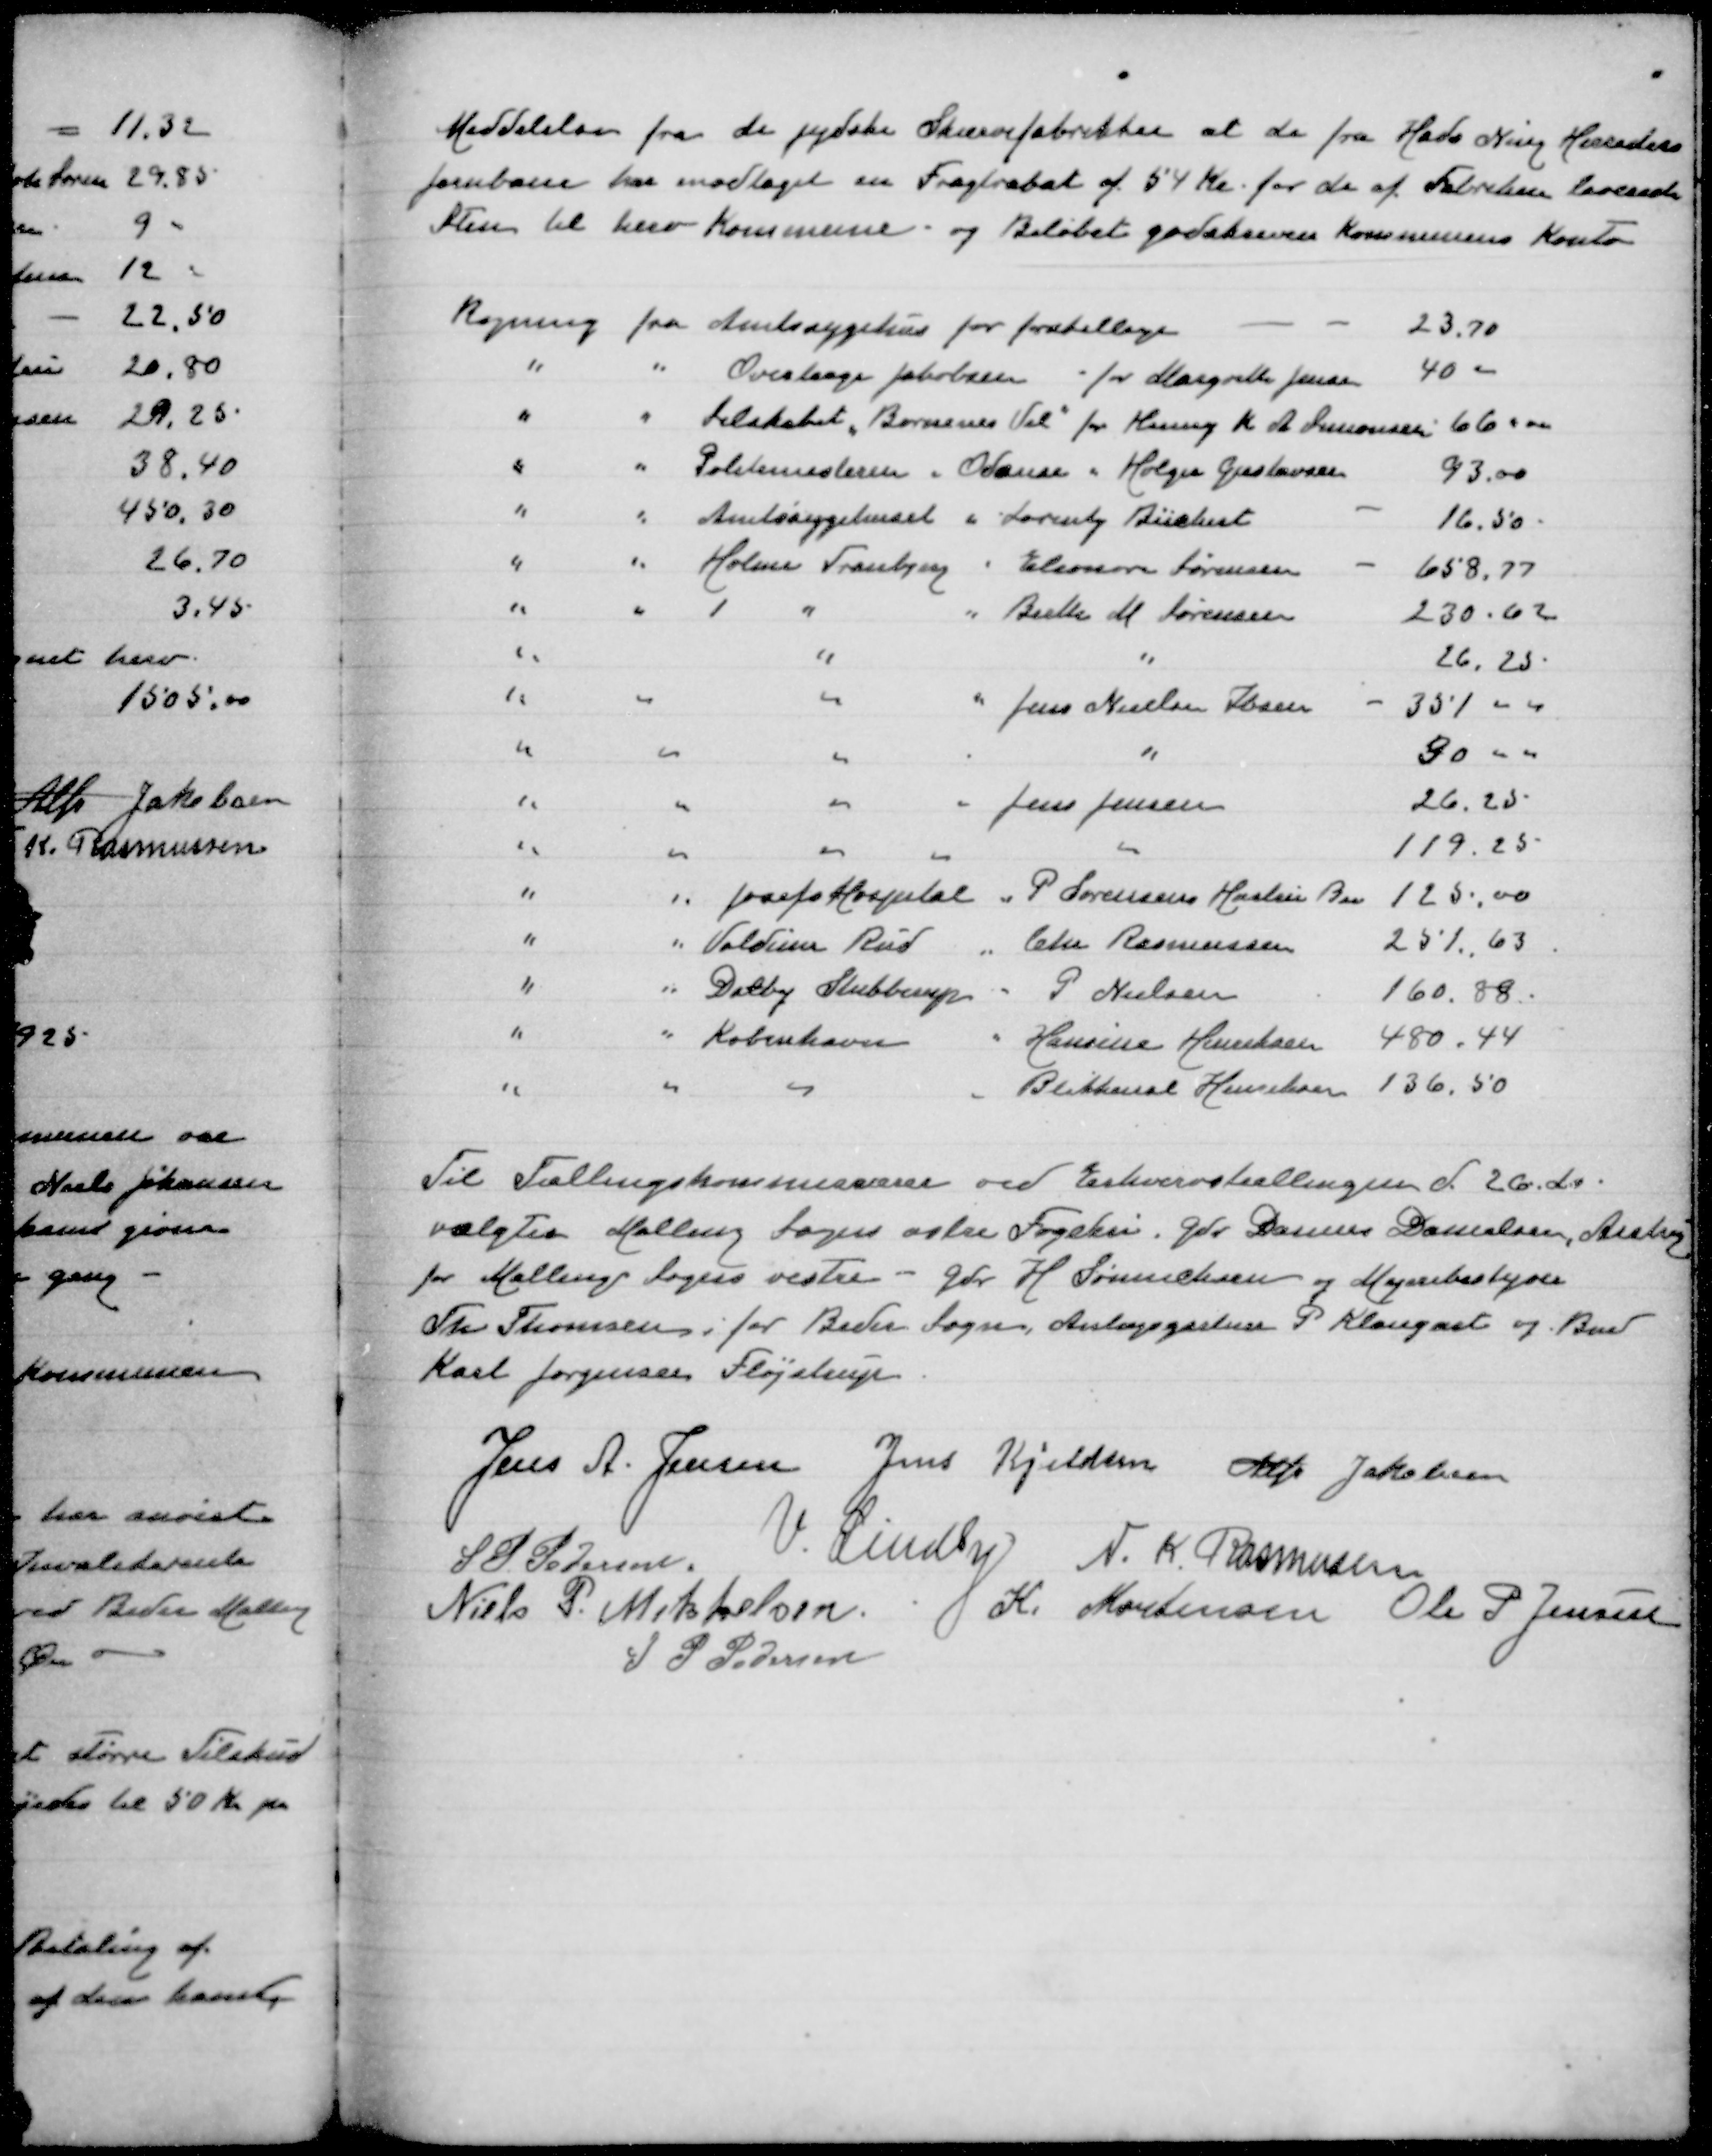
Transskription:
Meddelelse fra de jydske Skærvefabrikker at de fra Hads Ning Herreders
Jernbane har modtaget en Fragtrabat af 54 Kr for de af Fabriken leverede
Sten til herv Kommune og Beløbet godskrives Kommunens Konto

Regning fra Amtssygehus for forskellige
23,70
" " Overlæge Jakobsen for Margrethe Jensen
40,00
" " Selskabet "Børnenes Vel" for Henry K A Simonsen
66,00
" " Politimesteren i Odder " Holger Gustavsen
93,00
" " Amtssygehuset " Lorentz Büchert
16,50
" " Holme Tranbjerg " Eleonora Sørensen
658,77
" " " " Benthe M Sørensen
230.62
" " " "
26,25
" " " " Jens Nielsen Ibsen
351,00
" " " "
90,00
" " " " Jens Jensen
26,25
" " " " "
119,25
" " Josefs Hospital " P Lorensens Hustru Bea
125,00
" " Voldum Rud " Chr Rasmussen
251,63
" " Dalby Stubberup " P Nielsen
160,88
" " København " Hansine Henriksen
480,44
" " København " Blikkensl Henriksen
136,50

Til Tællingskommissionenved Erhvervstællingen d 26 ds
valgte Malling Sogn østre Fogderi Danius Danielsen, Aistrup
for Malling Sogns vestre - Gdr H Sønnichsen og Mejeribestyrer
Th Thomsen, for Beder Sogn Anlægsgartner P Klougart og Bmd
Karl Jørgensen Fløjstrup

Jens A Jensen
Jens Kjeldsen
Alfr Jakobsen
S P Pedersen
V Lindby
N K Rasmussen
Niels P Mikkelsen
K Mortensen
Ole P Jensen
S P Pedersen